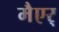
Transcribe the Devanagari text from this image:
मैएर्